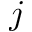
j